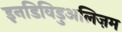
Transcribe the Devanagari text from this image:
इनडिविडुअलिज़म